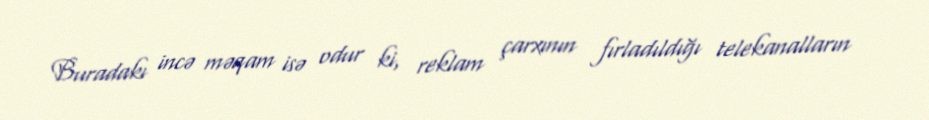
Buradakı incə məqam isə odur ki, reklam çarxının fırladıldığı telekanalların